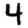
Digit: 4